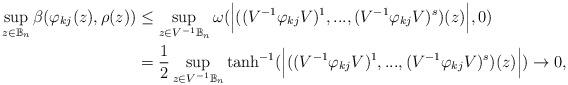
LaTeX: \begin{align*}\sup_{z\in\mathbb{B}_n} \beta(\varphi_{kj} (z),\rho(z))&\leq\sup_{z\in V^{-1}\mathbb{B}_n} \omega(\Big{|}((V^{-1}\varphi_{kj} V)^1,...,(V^{-1}\varphi_{kj} V)^s)(z)\Big{|},0)\\&= \dfrac{1}{2} \sup_{z\in V^{-1}\mathbb{B}_n} \tanh^{-1} (\Big{|}((V^{-1}\varphi_{kj} V)^1,...,(V^{-1}\varphi_{kj} V)^s)(z)\Big{|})\rightarrow 0,\end{align*}